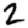
Digit: 2